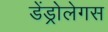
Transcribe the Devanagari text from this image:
डेंड्रोलेगस